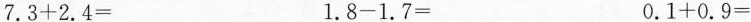
$$7.3 + 2.4 =$$ $$1.8 - 1.7 =$$ $$0.1 + 0.9 =$$